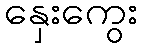
နှေးကွေး